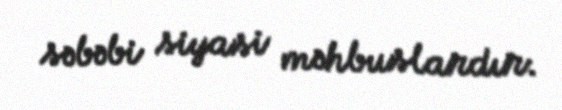
səbəbi siyasi məhbuslardır.